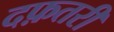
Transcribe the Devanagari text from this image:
दफ़तरी